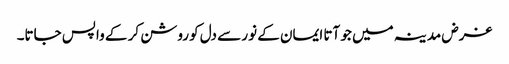
غرض مدینہ میں جو آتا ایمان کے نور سے دل کو روشن کر کے واپس جاتا۔